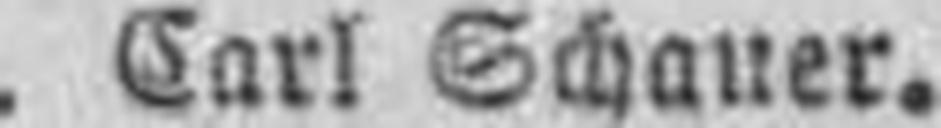
Carl Schauer.